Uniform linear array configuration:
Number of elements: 16
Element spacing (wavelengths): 1
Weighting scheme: binomial
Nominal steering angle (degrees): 30
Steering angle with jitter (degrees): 31.556
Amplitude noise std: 0.05
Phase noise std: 0.05

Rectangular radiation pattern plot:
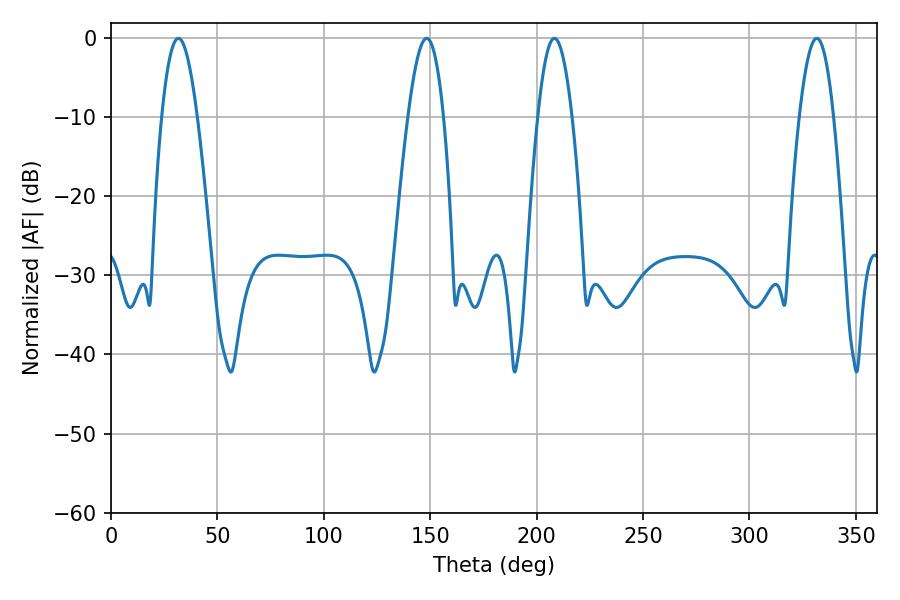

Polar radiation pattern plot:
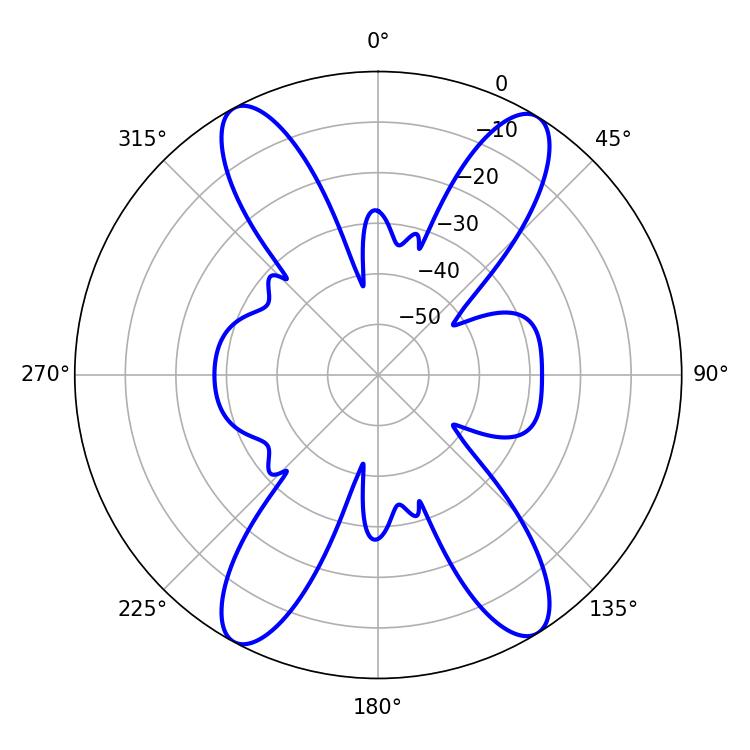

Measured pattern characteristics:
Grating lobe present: TRUE
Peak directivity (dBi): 19.224
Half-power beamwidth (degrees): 9
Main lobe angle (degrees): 31.68